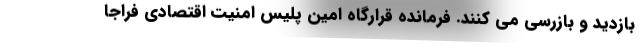
بازدید و بازرسی می کنند. فرمانده قرارگاه امین پلیس امنیت اقتصادی فراجا